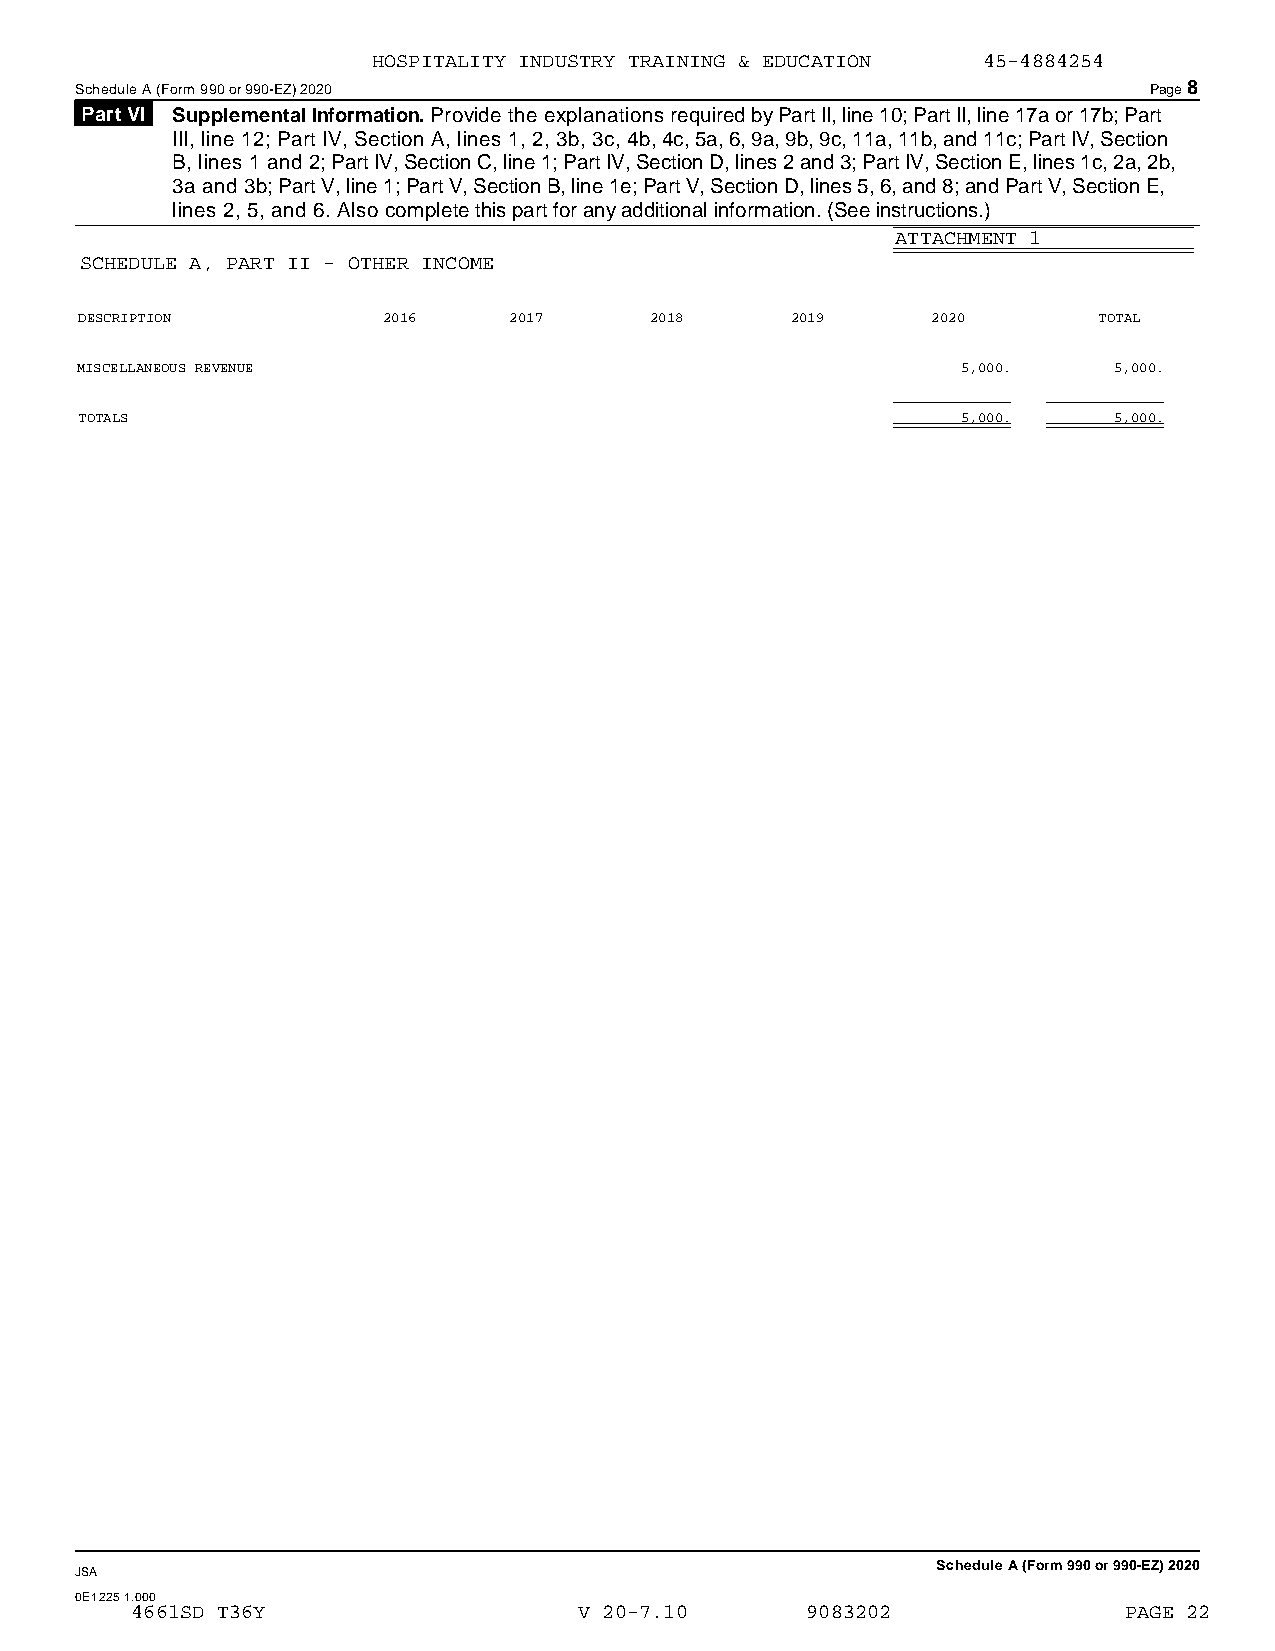
HOSPITALITY INDUSTRY TRAINING & EDUCATION 45-4884254
 Schedule A (Form 990 or 990-EZ) 2020                                   Page8
 Part VI Supplemental Information. Provide the explanations required by Part II, line 10; Part II, line 17a or 17b; Part
 III, line 12; Part IV, Section A, lines 1, 2, 3b, 3c, 4b, 4c, 5a, 6, 9a, 9b, 9c, 11a, 11b, and 11c; Part IV, Section
 B, lines 1 and 2; Part IV, Section C, line 1; Part IV, Section D, lines 2 and 3; Part IV, Section E, lines 1c, 2a, 2b,
 3a and 3b; Part V, line 1; Part V, Section B, line 1e; Part V, Section D, lines 5, 6, and 8; and Part V, Section E,
 lines 2, 5, and 6. Also complete this part for any additional information. (See instructions.)
 ATTACHMENT 1
 SCHEDULE A, PART II - OTHER INCOME
 DESCRIPTION         2016     2017     2018     2019      2020       TOTAL
 MISCELLANEOUS REVENUE                                      5,000.    5,000.
 TOTALS                                                     5,000.    5,000.
 Schedule A (Form 990 or 990-EZ) 2020
 JSA
 0E1225 1.000
 4661SD T36Y                  V 20-7.10      9083202              PAGE 22